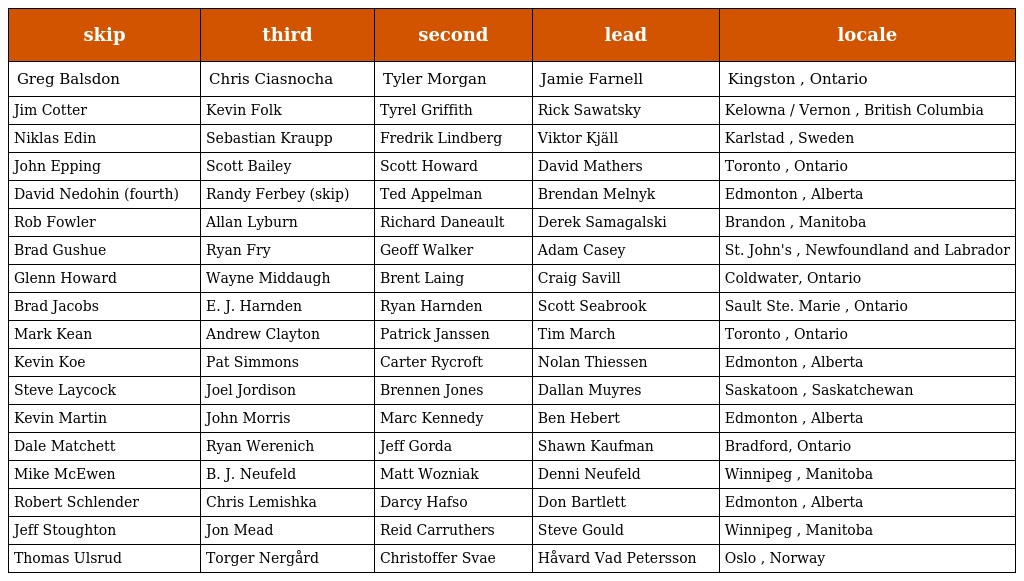
| skip | third | second | lead | locale |
 | --- | --- | --- | --- | --- |
 | Greg Balsdon | Chris Ciasnocha | Tyler Morgan | Jamie Farnell | Kingston , Ontario |
 | Jim Cotter | Kevin Folk | Tyrel Griffith | Rick Sawatsky | Kelowna / Vernon , British Columbia |
 | Niklas Edin | Sebastian Kraupp | Fredrik Lindberg | Viktor Kjäll | Karlstad , Sweden |
 | John Epping | Scott Bailey | Scott Howard | David Mathers | Toronto , Ontario |
 | David Nedohin (fourth) | Randy Ferbey (skip) | Ted Appelman | Brendan Melnyk | Edmonton , Alberta |
 | Rob Fowler | Allan Lyburn | Richard Daneault | Derek Samagalski | Brandon , Manitoba |
 | Brad Gushue | Ryan Fry | Geoff Walker | Adam Casey | St. John's , Newfoundland and Labrador |
 | Glenn Howard | Wayne Middaugh | Brent Laing | Craig Savill | Coldwater, Ontario |
 | Brad Jacobs | E. J. Harnden | Ryan Harnden | Scott Seabrook | Sault Ste. Marie , Ontario |
 | Mark Kean | Andrew Clayton | Patrick Janssen | Tim March | Toronto , Ontario |
 | Kevin Koe | Pat Simmons | Carter Rycroft | Nolan Thiessen | Edmonton , Alberta |
 | Steve Laycock | Joel Jordison | Brennen Jones | Dallan Muyres | Saskatoon , Saskatchewan |
 | Kevin Martin | John Morris | Marc Kennedy | Ben Hebert | Edmonton , Alberta |
 | Dale Matchett | Ryan Werenich | Jeff Gorda | Shawn Kaufman | Bradford, Ontario |
 | Mike McEwen | B. J. Neufeld | Matt Wozniak | Denni Neufeld | Winnipeg , Manitoba |
 | Robert Schlender | Chris Lemishka | Darcy Hafso | Don Bartlett | Edmonton , Alberta |
 | Jeff Stoughton | Jon Mead | Reid Carruthers | Steve Gould | Winnipeg , Manitoba |
 | Thomas Ulsrud | Torger Nergård | Christoffer Svae | Håvard Vad Petersson | Oslo , Norway |